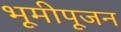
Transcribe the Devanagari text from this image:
भूमीपूजन